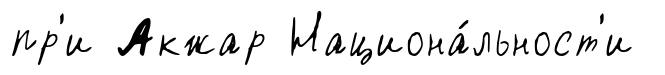
пр'и Акжар Национа́льност'и